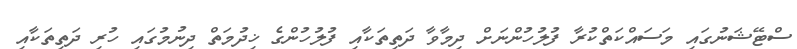
ސްޓޭޝަނުގައި މަސައްކަތްކުރާ ފުލުހުންނަށް ދިމާވާ ދަތިތަކާއި ފުލުހުންގެ ޚިދުމަތް ދިނުމުގައި ހުރި ދަތިތަކާއި